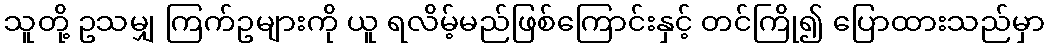
သူတို့ ဥသမျှ ကြက်ဥများကို ယူ ရလိမ့်မည်ဖြစ်ကြောင်းနှင့် တင်ကြို၍ ပြောထားသည်မှာ